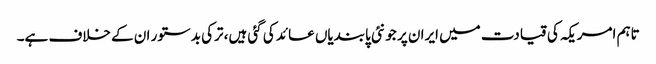
تاہم امریکہ کی قیادت میں ایران پر جو نئی پابندیاں عائد کی گئی ہیں، ترکی بدستور ان کے خلاف ہے۔